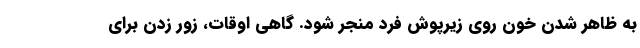
به ظاهر شدن خون روی زیرپوش فرد منجر شود. گاهی اوقات، زور زدن برای